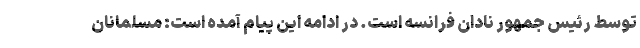
توسط رئیس جمهور نادان فرانسه است. در ادامه این پیام آمده است: مسلمانان